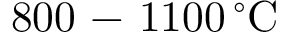
8 0 0 \mathrm { ~ - ~ } 1 1 0 0 \, ^ { \circ } \mathrm { C }